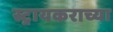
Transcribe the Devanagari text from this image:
स्ट्रायकराच्या